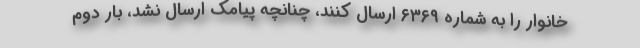
خانوار را به شماره ۶۳۶۹ ارسال کنند، چنانچه پیامک ارسال نشد، بار دوم